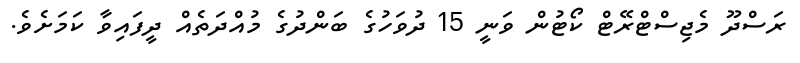
ރަސްދޫ މެޖިސްޓްރޭޓް ކޯޓުން ވަނީ 15 ދުވަހުގެ ބަންދުގެ މުއްދަތެއް ދީފައިވާ ކަމަށެވެ.